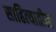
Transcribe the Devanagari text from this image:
साहित्‍यातील